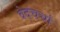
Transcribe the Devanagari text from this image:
वेदचर्चा